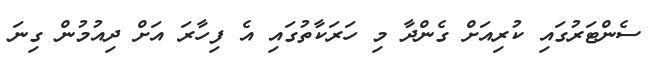
ސެންޓަރުގައި ކުރިއަށް ގެންދާ މި ހަރަކާތުގައި އެ ފިހާރަ އަށް ދިއުމުން ގިނަ